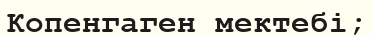
Копенгаген мектебі;